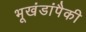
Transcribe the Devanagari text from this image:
भूखंडांपैकी